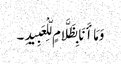
وَمَا أَنَا بِظَلَّامٍ لِّلْعَبِیدِ ۔